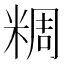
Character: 𥺝